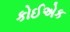
કોઈએક